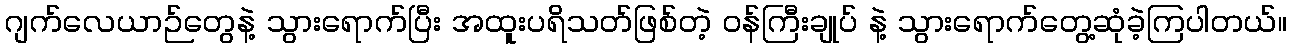
ဂျက်လေယာဉ်တွေနဲ့ သွားရောက်ပြီး အထူးပရိသတ်ဖြစ်တဲ့ ဝန်ကြီးချုပ် နဲ့ သွားရောက်တွေ့ဆုံခဲ့ကြပါတယ်။